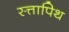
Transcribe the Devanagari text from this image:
स्त्तापिथ